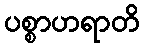
ပစ္စာဟရာတိ